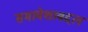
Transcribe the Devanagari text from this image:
समावेशाबद्दल